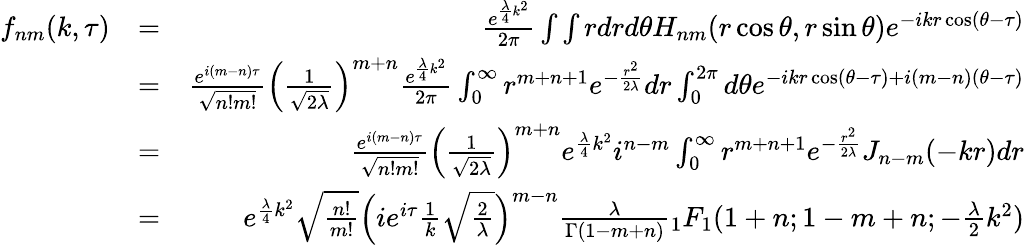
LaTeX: \begin{array}{rlr}{f_{nm}(k,\tau)}&{=}&{\frac{e^{\frac{\lambda}{4}k^{2}}}{2\pi}\int\int rdrd\theta H_{nm}(r\cos\theta,r\sin\theta)e^{-ikr\cos(\theta-\tau)}}\\ &{=}&{\frac{e^{i(m-n)\tau}}{\sqrt{n!m!}}\Big(\frac{1}{\sqrt{2\lambda}}\Big)^{m+n}\frac{e^{\frac{\lambda}{4}k^{2}}}{2\pi}\int_{0}^{\infty}r^{m+n+1}e^{-\frac{r^{2}}{2\lambda}}dr\int_{0}^{2\pi}d\theta e^{-ikr\cos(\theta-\tau)+i(m-n)(\theta-\tau)}}\\ &{=}&{\frac{e^{i(m-n)\tau}}{\sqrt{n!m!}}\Big(\frac{1}{\sqrt{2\lambda}}\Big)^{m+n}e^{\frac{\lambda}{4}k^{2}}i^{n-m}\int_{0}^{\infty}r^{m+n+1}e^{-\frac{r^{2}}{2\lambda}}J_{n-m}(-kr)dr}\\ &{=}&{e^{\frac{\lambda}{4}k^{2}}\sqrt{\frac{n!}{m!}}\Big(ie^{i\tau}\frac{1}{k}\sqrt{\frac{2}{\lambda}}\Big)^{m-n}\frac{\lambda}{\Gamma(1-m+n)}{_1F_{1}}(1+n;1-m+n;-\frac{\lambda}{2}k^{2})}\end{array}